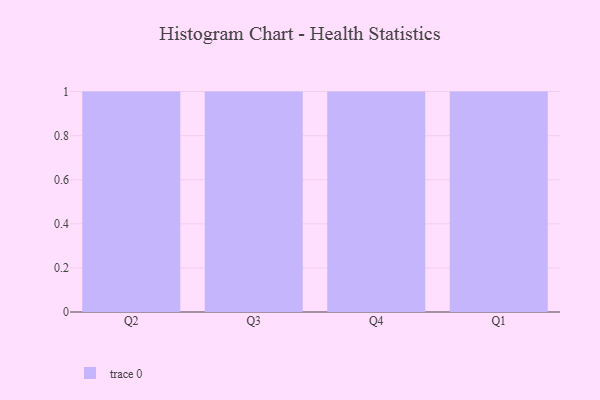
{"axis": {"x": "Quarter", "y": "LTV (USD)"}, "legend": [""], "data": [{"x": "Q2", "y": 45, "type": ""}, {"x": "Q3", "y": 44, "type": ""}, {"x": "Q4", "y": 7, "type": ""}, {"x": "Q1", "y": 87, "type": ""}]}